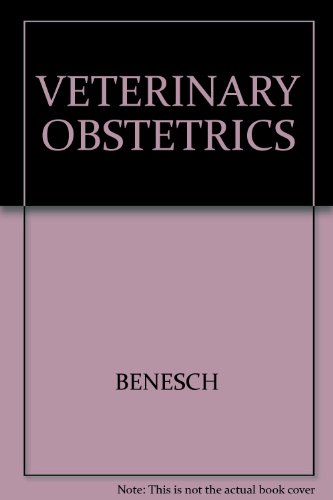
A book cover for VETERINARY OBSTETRICS; BENESCH; Medical Books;